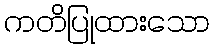
ကတိပြုထားသော